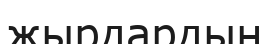
жырдардың